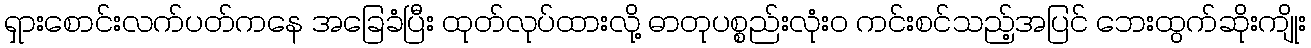
ရှားစောင်းလက်ပတ်ကနေ အခြေခံပြီး ထုတ်လုပ်ထားလို့ ဓာတုပစ္စည်းလုံးဝ ကင်းစင်သည့်အပြင် ဘေးထွက်ဆိုးကျိုး